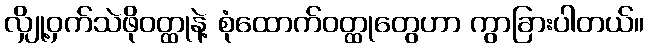
လျှို့ဝှက်သဲဖိုဝတ္ထုနဲ့ စုံထောက်ဝတ္ထုတွေဟာ ကွာခြားပါတယ်။